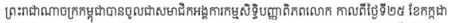
ព្រះរាជាណាចក្រកម្ពុជាបានចូលរួមជាសមាជិកអង្គការកម្មសិទិ្ធបញ្ញាពិភពលោក កាលពីថ្ងៃទី២៥ ខែកក្កដា